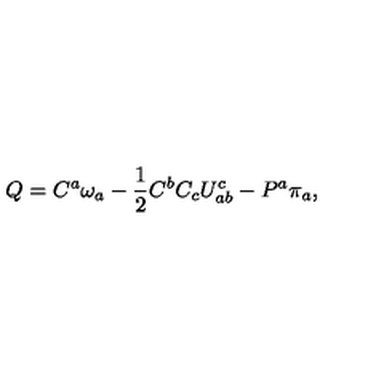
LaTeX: Q = C ^ { a } \omega _ { a } - { \frac { 1 } { 2 } } C ^ { b } C _ { c } U _ { a b } ^ { c } - P ^ { a } \pi _ { a } ,